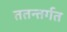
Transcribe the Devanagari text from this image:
ततन्तर्गत